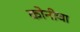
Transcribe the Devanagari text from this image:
कोनीचा